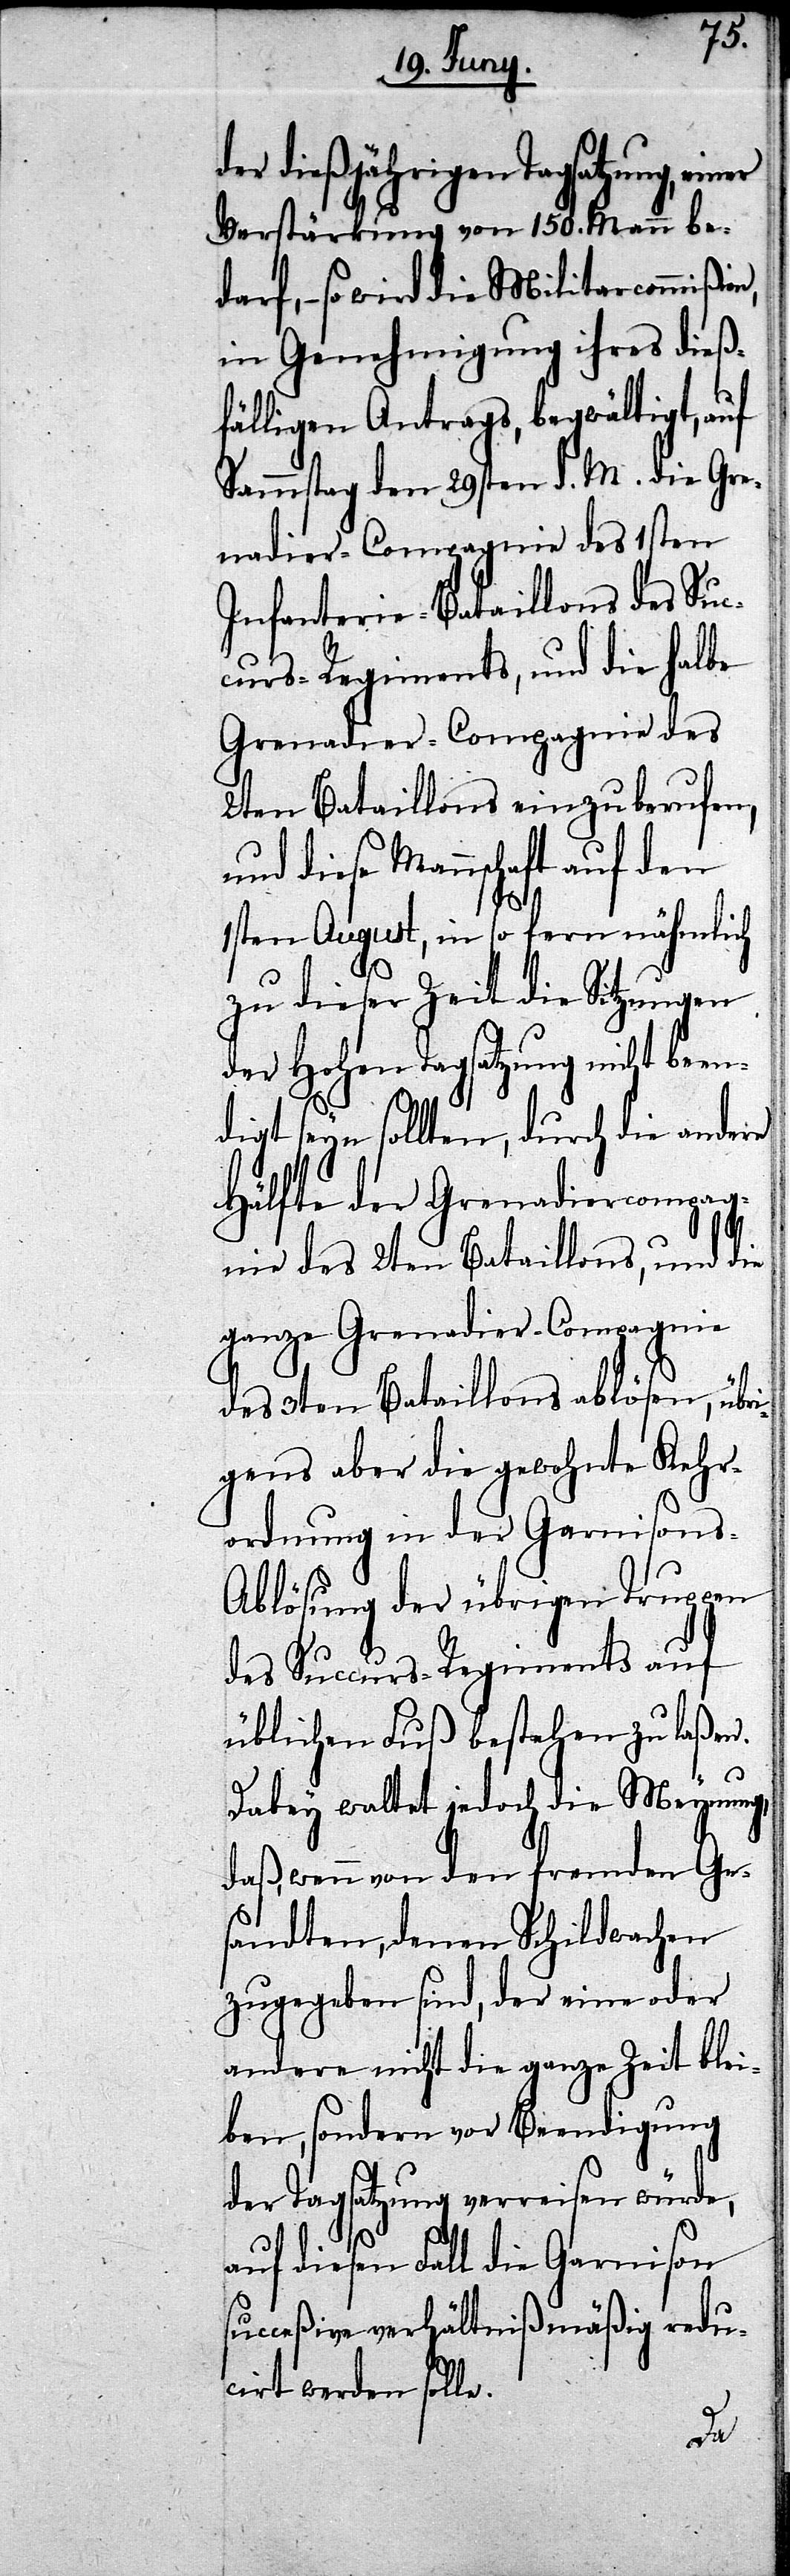
der dießjährigen Tagsatzung,
Verstärkung von 150. Mann be¬
darf, – so wird die Militarcommißi¬
in Genehmigung ihres dieß¬
fälligen Antrags, begwältigt, auf
Sammstag den 29sten d. M. die Gre¬
nadier-Compagnie des 1sten
Infanterie-Bataillons des Su¬
curs-Regiments, und die halbe
Grenadier-Compagnie des
2ten Bataillons einzuberufen,
und diese Mannschaft auf den
1sten August, in so fern nämlich
zu dieser Zeit die Sitzungen
der Hohen Tagsatzung nicht be¬
digt seyn sollten, durch die ande¬
Hälfte der Grenadiercompag¬
nie des 2ten Bataillons, und
ganze Grenadier-Compagnie
des 3ten Bataillons ablösen, übr¬
igens aber die gewohnte Kehr¬
ordnung in der Garnison¬
s-Ablösung der übrigen Truppen
des Succurs-Regime¬
e.
üblichen Fuß bestehen
Dabey waltet jedoch die
daß, wenn von den fr¬
sandten, denen Schild¬
wac¬
zugegeben sind, der
it ble¬
andere nicht die ganze
iben, sondern vor Beendigung
der Tagsatzung verreisen würde,
auf diesen Fall die Garnison
ucceßive verhältnißmäßig redu¬
cirt werden soll¬